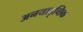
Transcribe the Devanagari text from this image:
अनयादृच्छिक